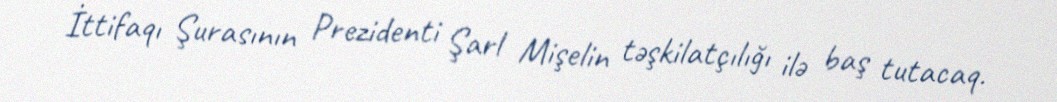
İttifaqı Şurasının Prezidenti Şarl Mişelin təşkilatçılığı ilə baş tutacaq.